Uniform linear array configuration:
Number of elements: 8
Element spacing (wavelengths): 0.25
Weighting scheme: exponential
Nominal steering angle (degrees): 60
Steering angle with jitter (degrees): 61.428
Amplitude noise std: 0.05
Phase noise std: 0.05

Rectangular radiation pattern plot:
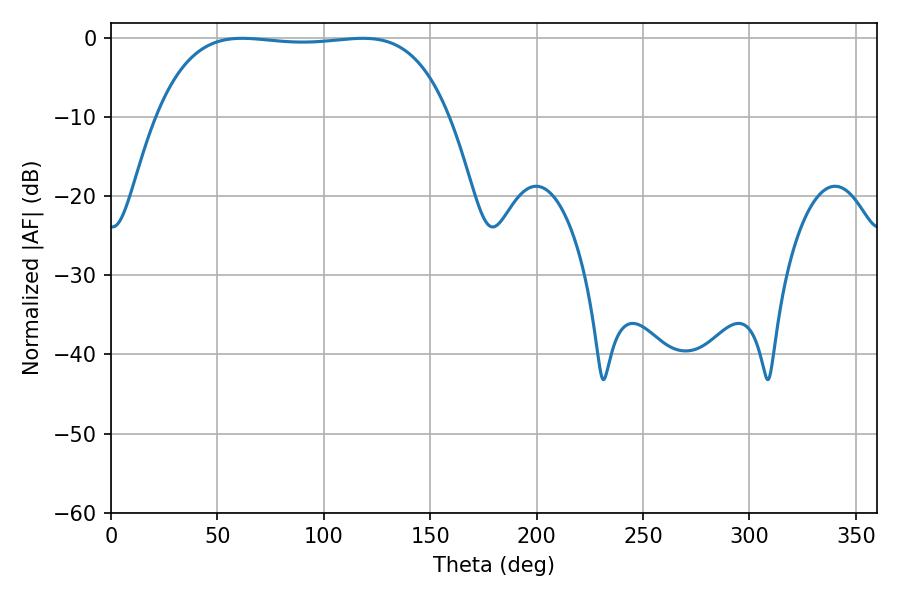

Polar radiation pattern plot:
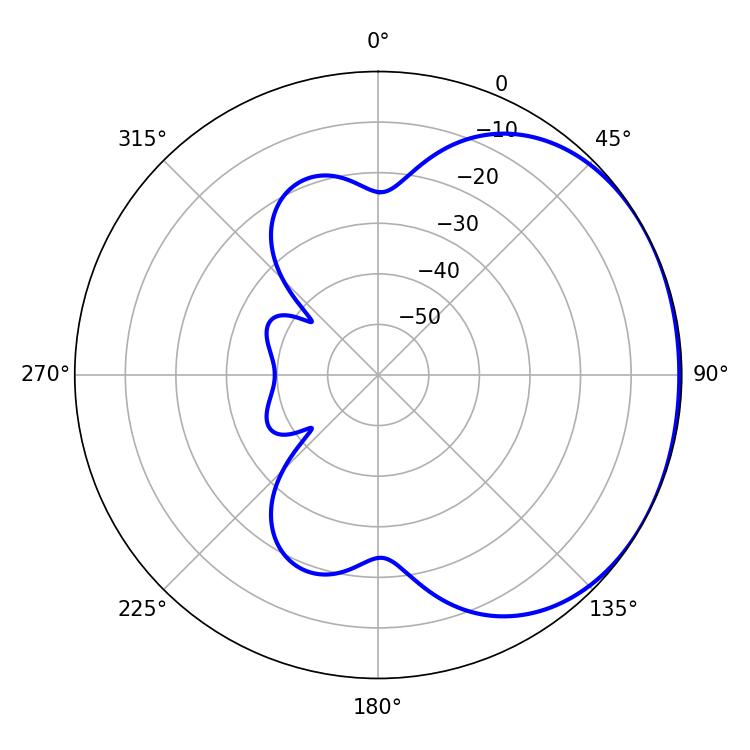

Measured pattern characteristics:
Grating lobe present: FALSE
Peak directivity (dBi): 1.133
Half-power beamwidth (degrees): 108.36
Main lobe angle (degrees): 61.74